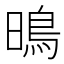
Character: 𭧘